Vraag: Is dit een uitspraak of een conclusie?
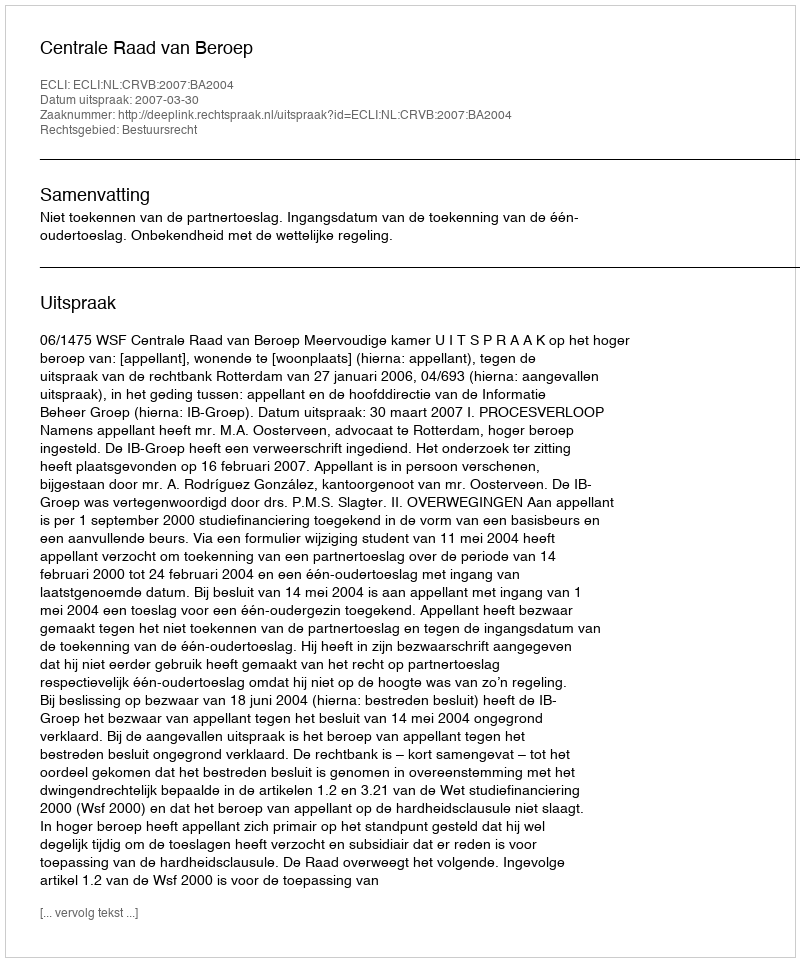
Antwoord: Uitspraak